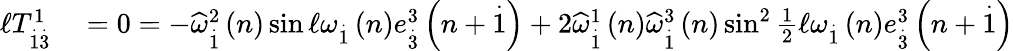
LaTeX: \begin{array}{rl}{\mathcal{\ell}T_{\overset{.}{1}\overset{.}{3}}^{1}}&{{}=0=-\widehat{\omega}_{\overset{.}{1}}^{2}\left(n\right)\sin\mathcal{\ell}\omega_{\overset{.}{1}}\left(n\right)e_{\overset{.}{3}}^{3}\left(n+\overset{.}{1}\right)+2\widehat{\omega}_{\overset{.}{1}}^{1}\left(n\right)\widehat{\omega}_{\overset{.}{1}}^{3}\left(n\right)\sin^{2}\frac{1}{2}\mathcal{\ell}\omega_{\overset{.}{1}}\left(n\right)e_{\overset{.}{3}}^{3}\left(n+\overset{.}{1}\right)}\end{array}